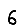
Digit: 6